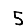
Digit: 5